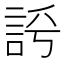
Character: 𧦻